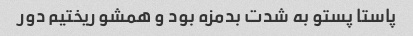
پاستا پستو به شدت بدمزه بود و همشو ریختیم دور